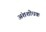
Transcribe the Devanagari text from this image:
अंशशोधक